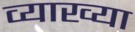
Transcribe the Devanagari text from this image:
व्याख्या